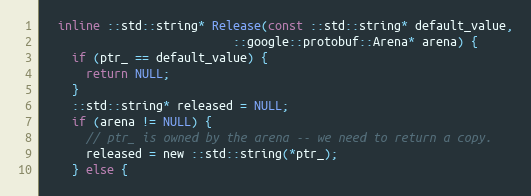
Language: C
  inline ::std::string* Release(const ::std::string* default_value,
                           ::google::protobuf::Arena* arena) {
    if (ptr_ == default_value) {
      return NULL;
    }
    ::std::string* released = NULL;
    if (arena != NULL) {
      // ptr_ is owned by the arena -- we need to return a copy.
      released = new ::std::string(*ptr_);
    } else {